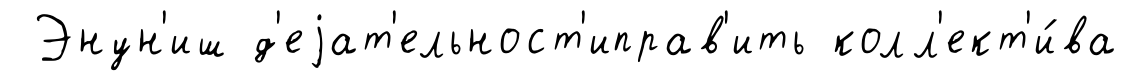
Энун'иш д'еjат'ельност'иправ'ить колл'ект'и́ва